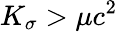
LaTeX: K_{\sigma}>\mu c^{2}